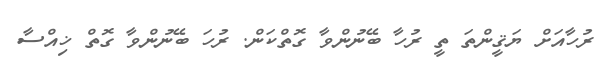
ރުހާއަށް ޔަޤީންތަ ތީ ރުހާ ބޭނުންވާ ގޮތްކަން. ރުހަ ބޭނުންވާ ގޮތް ޚިއްސާ